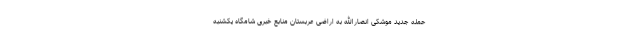
حمله جدید موشکی انصارالله به اراضی عربستان منابع خبری شامگاه یکشنبه